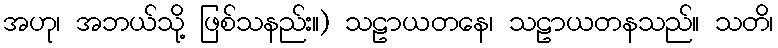
အဟု၊ အဘယ်သို့ ဖြစ်သနည်း။) သဠာယတနေ၊ သဠာယတနသည်။ သတိ၊